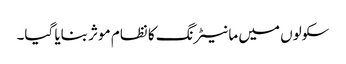
سکولوں میں مانیٹرنگ کا نظام موثر بنایا گیا۔